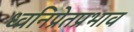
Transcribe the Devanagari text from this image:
ध्वनिप्रेतप्रभाव